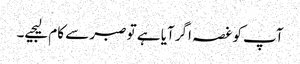
آپ کو غصہ اگر آیا ہے تو صبر سے کام لیجیے۔